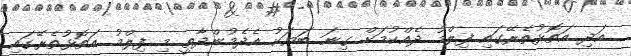
އަދި އަތޮޅުތެރޭގައި ފިލްމު ދެއްކުމަށް ގިނަ ބަޔަކު އެދެމުންދާތީ މި ފިލްމު އަތޮޅުތެރޭގައި